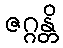
ဇဂ္ဂန္တိ